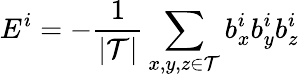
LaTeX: E^{i}=-\frac{1}{|\mathcal{T}|}\sum_{\substack{x,y,z\in\mathcal{T}}}b_{x}^{i}b_{y}^{i}b_{z}^{i}